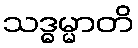
သဒ္ဓမ္မာတိ